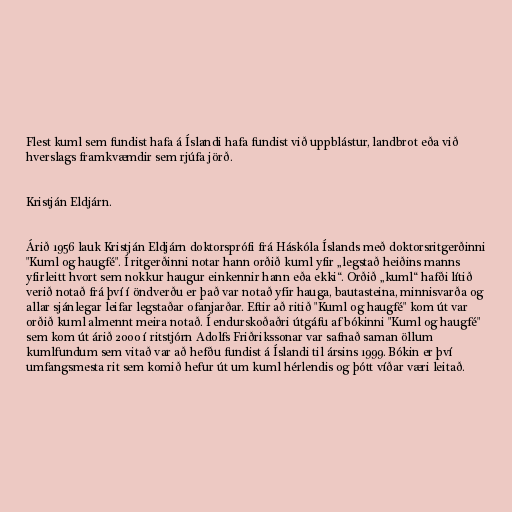
Flest kuml sem fundist hafa á Íslandi hafa fundist við uppblástur, landbrot eða við
hverslags framkvæmdir sem rjúfa jörð.

Kristján Eldjárn.

Árið 1956 lauk Kristján Eldjárn doktorsprófi frá Háskóla Íslands með doktorsritgerðinni
"Kuml og haugfé". Í ritgerðinni notar hann orðið kuml yfir „legstað heiðins manns
yfirleitt hvort sem nokkur haugur einkennir hann eða ekki“. Orðið „kuml“ hafði lítið
verið notað frá því í öndverðu er það var notað yfir hauga, bautasteina, minnisvarða og
allar sjánlegar leifar legstaðar ofanjarðar. Eftir að ritið "Kuml og haugfé" kom út var
orðið kuml almennt meira notað. Í endurskoðaðri útgáfu af bókinni "Kuml og haugfé"
sem kom út árið 2000 í ritstjórn Adolfs Friðrikssonar var safnað saman öllum
kumlfundum sem vitað var að hefðu fundist á Íslandi til ársins 1999. Bókin er því
umfangsmesta rit sem komið hefur út um kuml hérlendis og þótt víðar væri leitað.